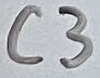
Text: C3